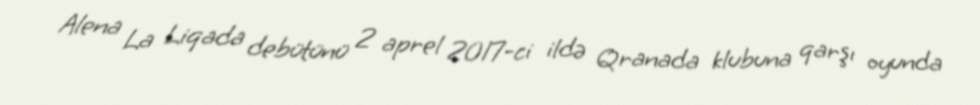
Alena La Liqada debütünü 2 aprel 2017-ci ildə Qranada klubuna qarşı oyunda